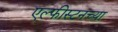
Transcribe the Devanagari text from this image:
एल्फीस्टनच्या